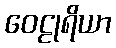
ဝေဠုရိယာ